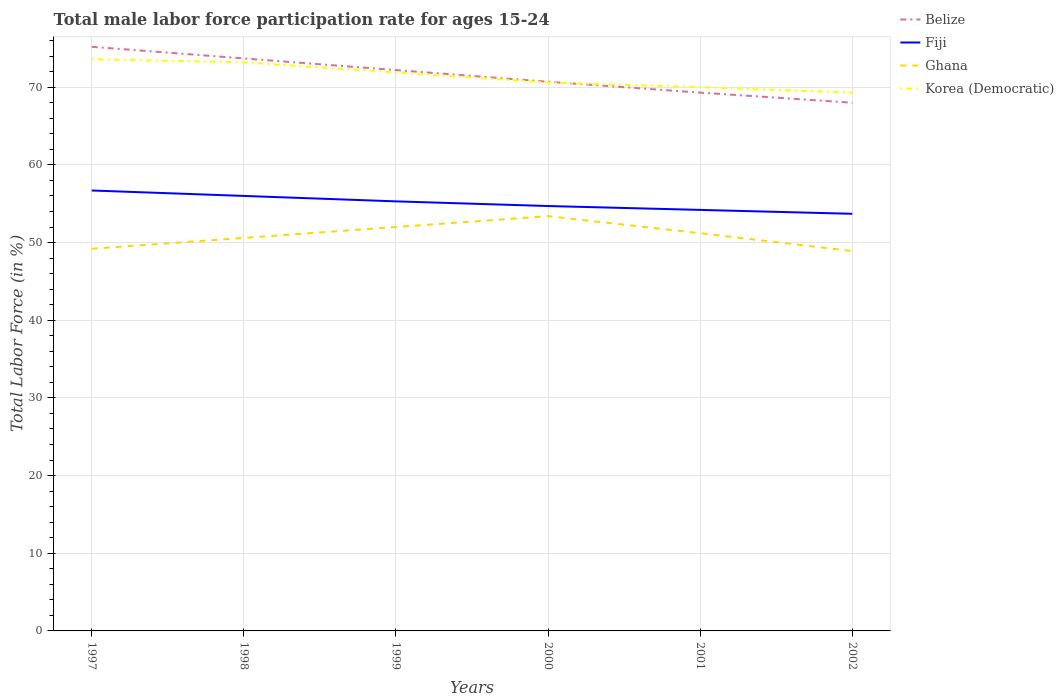
| Years | Belize | Fiji | Ghana | Korea (Democratic) |
 | --- | --- | --- | --- | --- |
 | 1997 | 75.2 | 56.7 | 49.2 | 73.6 |
 | 1998 | 73.7 | 56 | 50.6 | 73.2 |
 | 1999 | 72.2 | 55.3 | 52 | 71.9 |
 | 2000 | 70.7 | 54.7 | 53.4 | 70.6 |
 | 2001 | 69.3 | 54.2 | 51.2 | 70 |
 | 2002 | 68 | 53.7 | 48.9 | 69.3 |